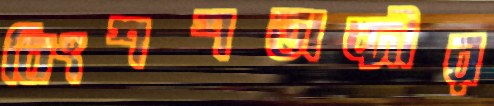
বিংশশতাব্দীর